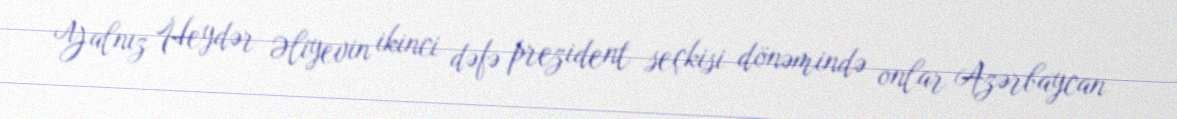
Yalnız Heydər Əliyevin ikinci dəfə prezident seçkisi dönəmində onlar Azərbaycan